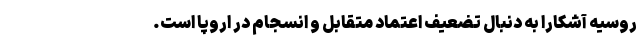
روسیه آشکارا به دنبال تضعیف اعتماد متقابل و انسجام در اروپا است.